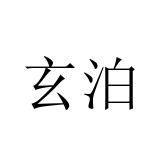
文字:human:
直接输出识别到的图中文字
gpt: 玄泊